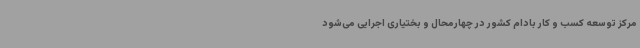
مرکز توسعه کسب و کار بادام کشور در چهارمحال و بختیاری اجرایی می‌شود